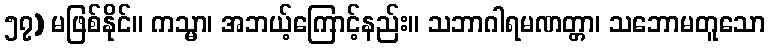
၅၇) မဖြစ်နိုင်။ ကသ္မာ၊ အဘယ့်ကြောင့်နည်း။ သဘာဂါရမဏတ္တာ၊ သဘောမတူသော